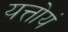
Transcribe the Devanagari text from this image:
यत्तोयं